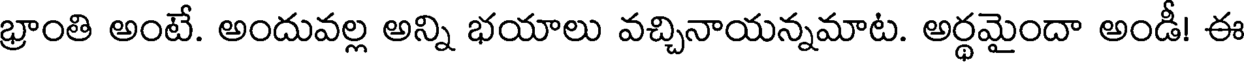
భ్రాంతి అంటే. అందువల్ల అన్ని భయాలు వచ్చినాయన్నమాట. అర్థమైందా అండీ! ఈ